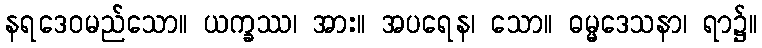
နရဒေဝမည်သော။ ယက္ခဿ၊ အား။ အပရေန၊ သော။ ဓမ္မဒေသနာ၊ ရာ၌။